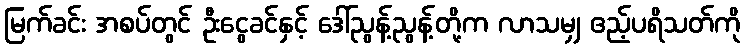
မြက်ခင်း အစပ်တွင် ဦးငွေခင်နှင့် ဒေါ်ညွန့်ညွန့်တို့က လာသမျှ ဧည့်ပရိသတ်ကို